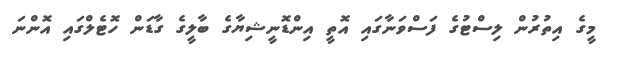
މީގެ އިތުރުން ލިސްޓުގެ ފަސްވަނާގައި އޮތީ އިންޑޮނީޝިޔާގެ ބާލީގެ ގާޑަން ހޮޓެލްގައި އޮންނަ